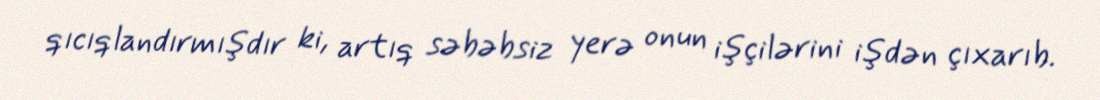
qıcıqlandırmışdır ki, artıq səbəbsiz yerə onun işçilərini işdən çıxarıb.